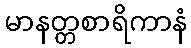
မာနတ္တစာရိကာနံ